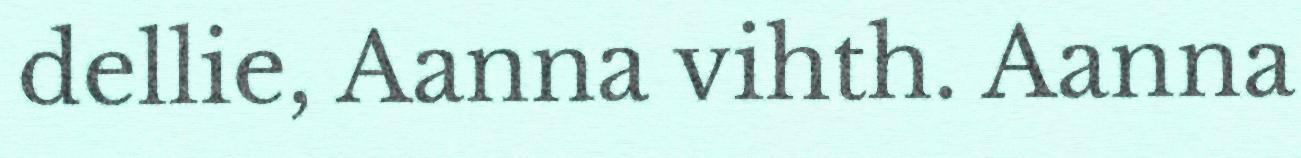
dellie, Aanna vihth. Aanna